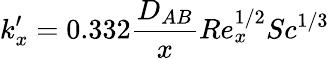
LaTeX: k_{x}^{\prime}=0.332{\frac{D_{AB}}{x}}Re_{x}^{1/2}Sc^{1/3}